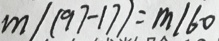
m \vert ( 9 7 - 1 7 ) = m \vert 6 0